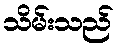
သိမ်းသည်